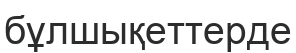
бұлшықеттерде